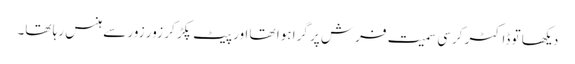
دیکھا تو ڈاکٹر کرسی سمیت فرش پر گرا ہوا تھا اور پیٹ پکڑ کر زور زور سے ہنس رہا تھا۔